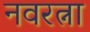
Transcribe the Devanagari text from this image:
नवरत्ना